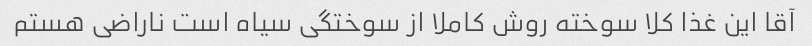
آقا این غذا کلا سوخته روش کاملا از سوختگی سیاه است ناراضی هستم